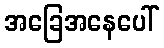
အခြေအနေပေါ်